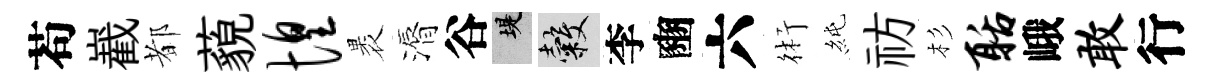
苟嶻都藐惶褁漘谷堤穀李豳六術純祊杉聒峨敢行